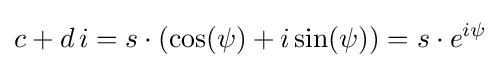
c+d\,i=s\cdot (\cos(\psi )+i\sin(\psi ))=s\cdot e^{i\psi }